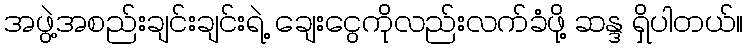
အဖွဲ့အစည်းချင်းချင်းရဲ့ ချေးငွေကိုလည်းလက်ခံဖို့ ဆန္ဒ ရှိပါတယ်။